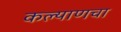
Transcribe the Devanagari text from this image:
कल्याणचा